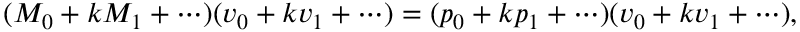
( M _ { 0 } + k M _ { 1 } + \cdots ) ( \boldsymbol { v } _ { 0 } + k \boldsymbol { v } _ { 1 } + \cdots ) = ( p _ { 0 } + k p _ { 1 } + \cdots ) ( \boldsymbol { v } _ { 0 } + k \boldsymbol { v } _ { 1 } + \cdots ) ,